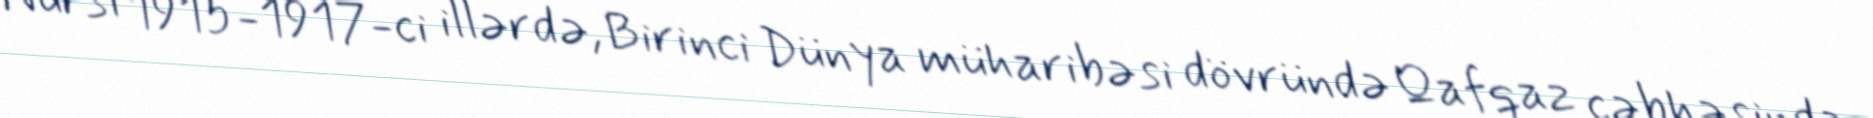
Nursi 1915-1917-ci illərdə, Birinci Dünya müharibəsi dövründə Qafqaz cəbhəsində